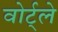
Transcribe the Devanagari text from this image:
वोर्ट्ले